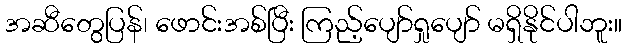
အဆီတွေပြန်၊ ဖောင်းအစ်ပြီး ကြည့်ပျော်ရှုပျော် မရှိနိုင်ပါဘူး။